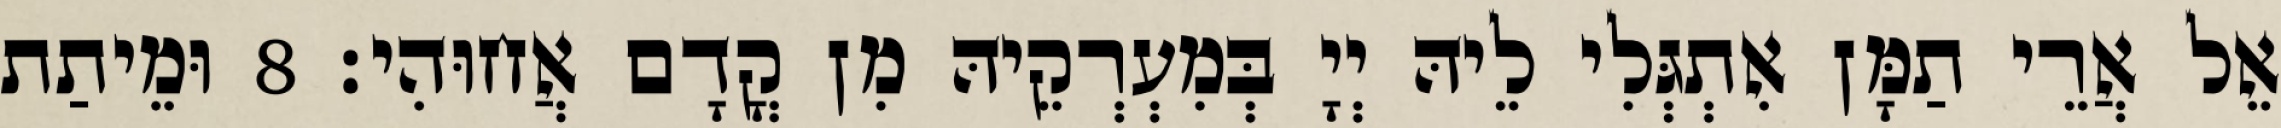
אֵל אֲרֵי תַמָּן אִתְגְּלִי לֵיהּ יְיָ בְּמִעְרְקֵיהּ מִן קֳדָם אֲחוּהִי׃ 8 וּמֵיתַת